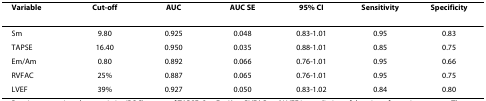
<table><thead><tr><td><b>Variable</b></td><td><b>Cut-off</b></td><td><b>AUC</b></td><td><b>AUC SE</b></td><td><b>95% CI</b></td><td><b>Sensitivity</b></td><td><b>Specificity</b></td></tr></thead><tbody><tr><td>Sm</td><td>9.80</td><td>0.925</td><td>0.048</td><td>0.83-1.01</td><td>0.95</td><td>0.83</td></tr><tr><td>TAPSE</td><td>16.40</td><td>0.950</td><td>0.035</td><td>0.88-1.01</td><td>0.85</td><td>0.75</td></tr><tr><td>Em/Am</td><td>0.80</td><td>0.892</td><td>0.066</td><td>0.76-1.01</td><td>0.95</td><td>0.66</td></tr><tr><td>RVFAC</td><td>25%</td><td>0.887</td><td>0.065</td><td>0.76-1.01</td><td>0.95</td><td>0.75</td></tr><tr><td>LVEF</td><td>39%</td><td>0.927</td><td>0.050</td><td>0.83-1.02</td><td>0.84</td><td>0.80</td></tr></tbody></table>